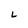
Character: L